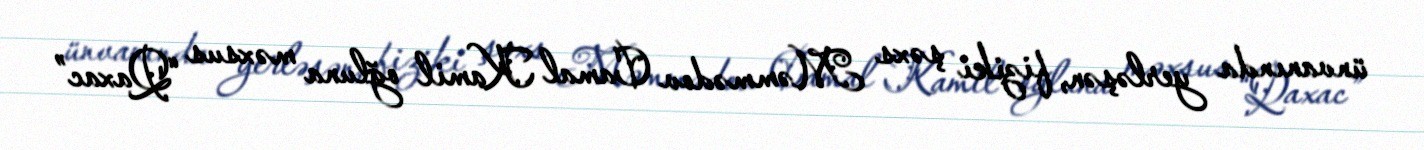
ünvanında yerləşən, fiziki şəxs Məmmədov Camal Kamil oğluna məxsus “Qaxac”